Riigikantselei, lk 116
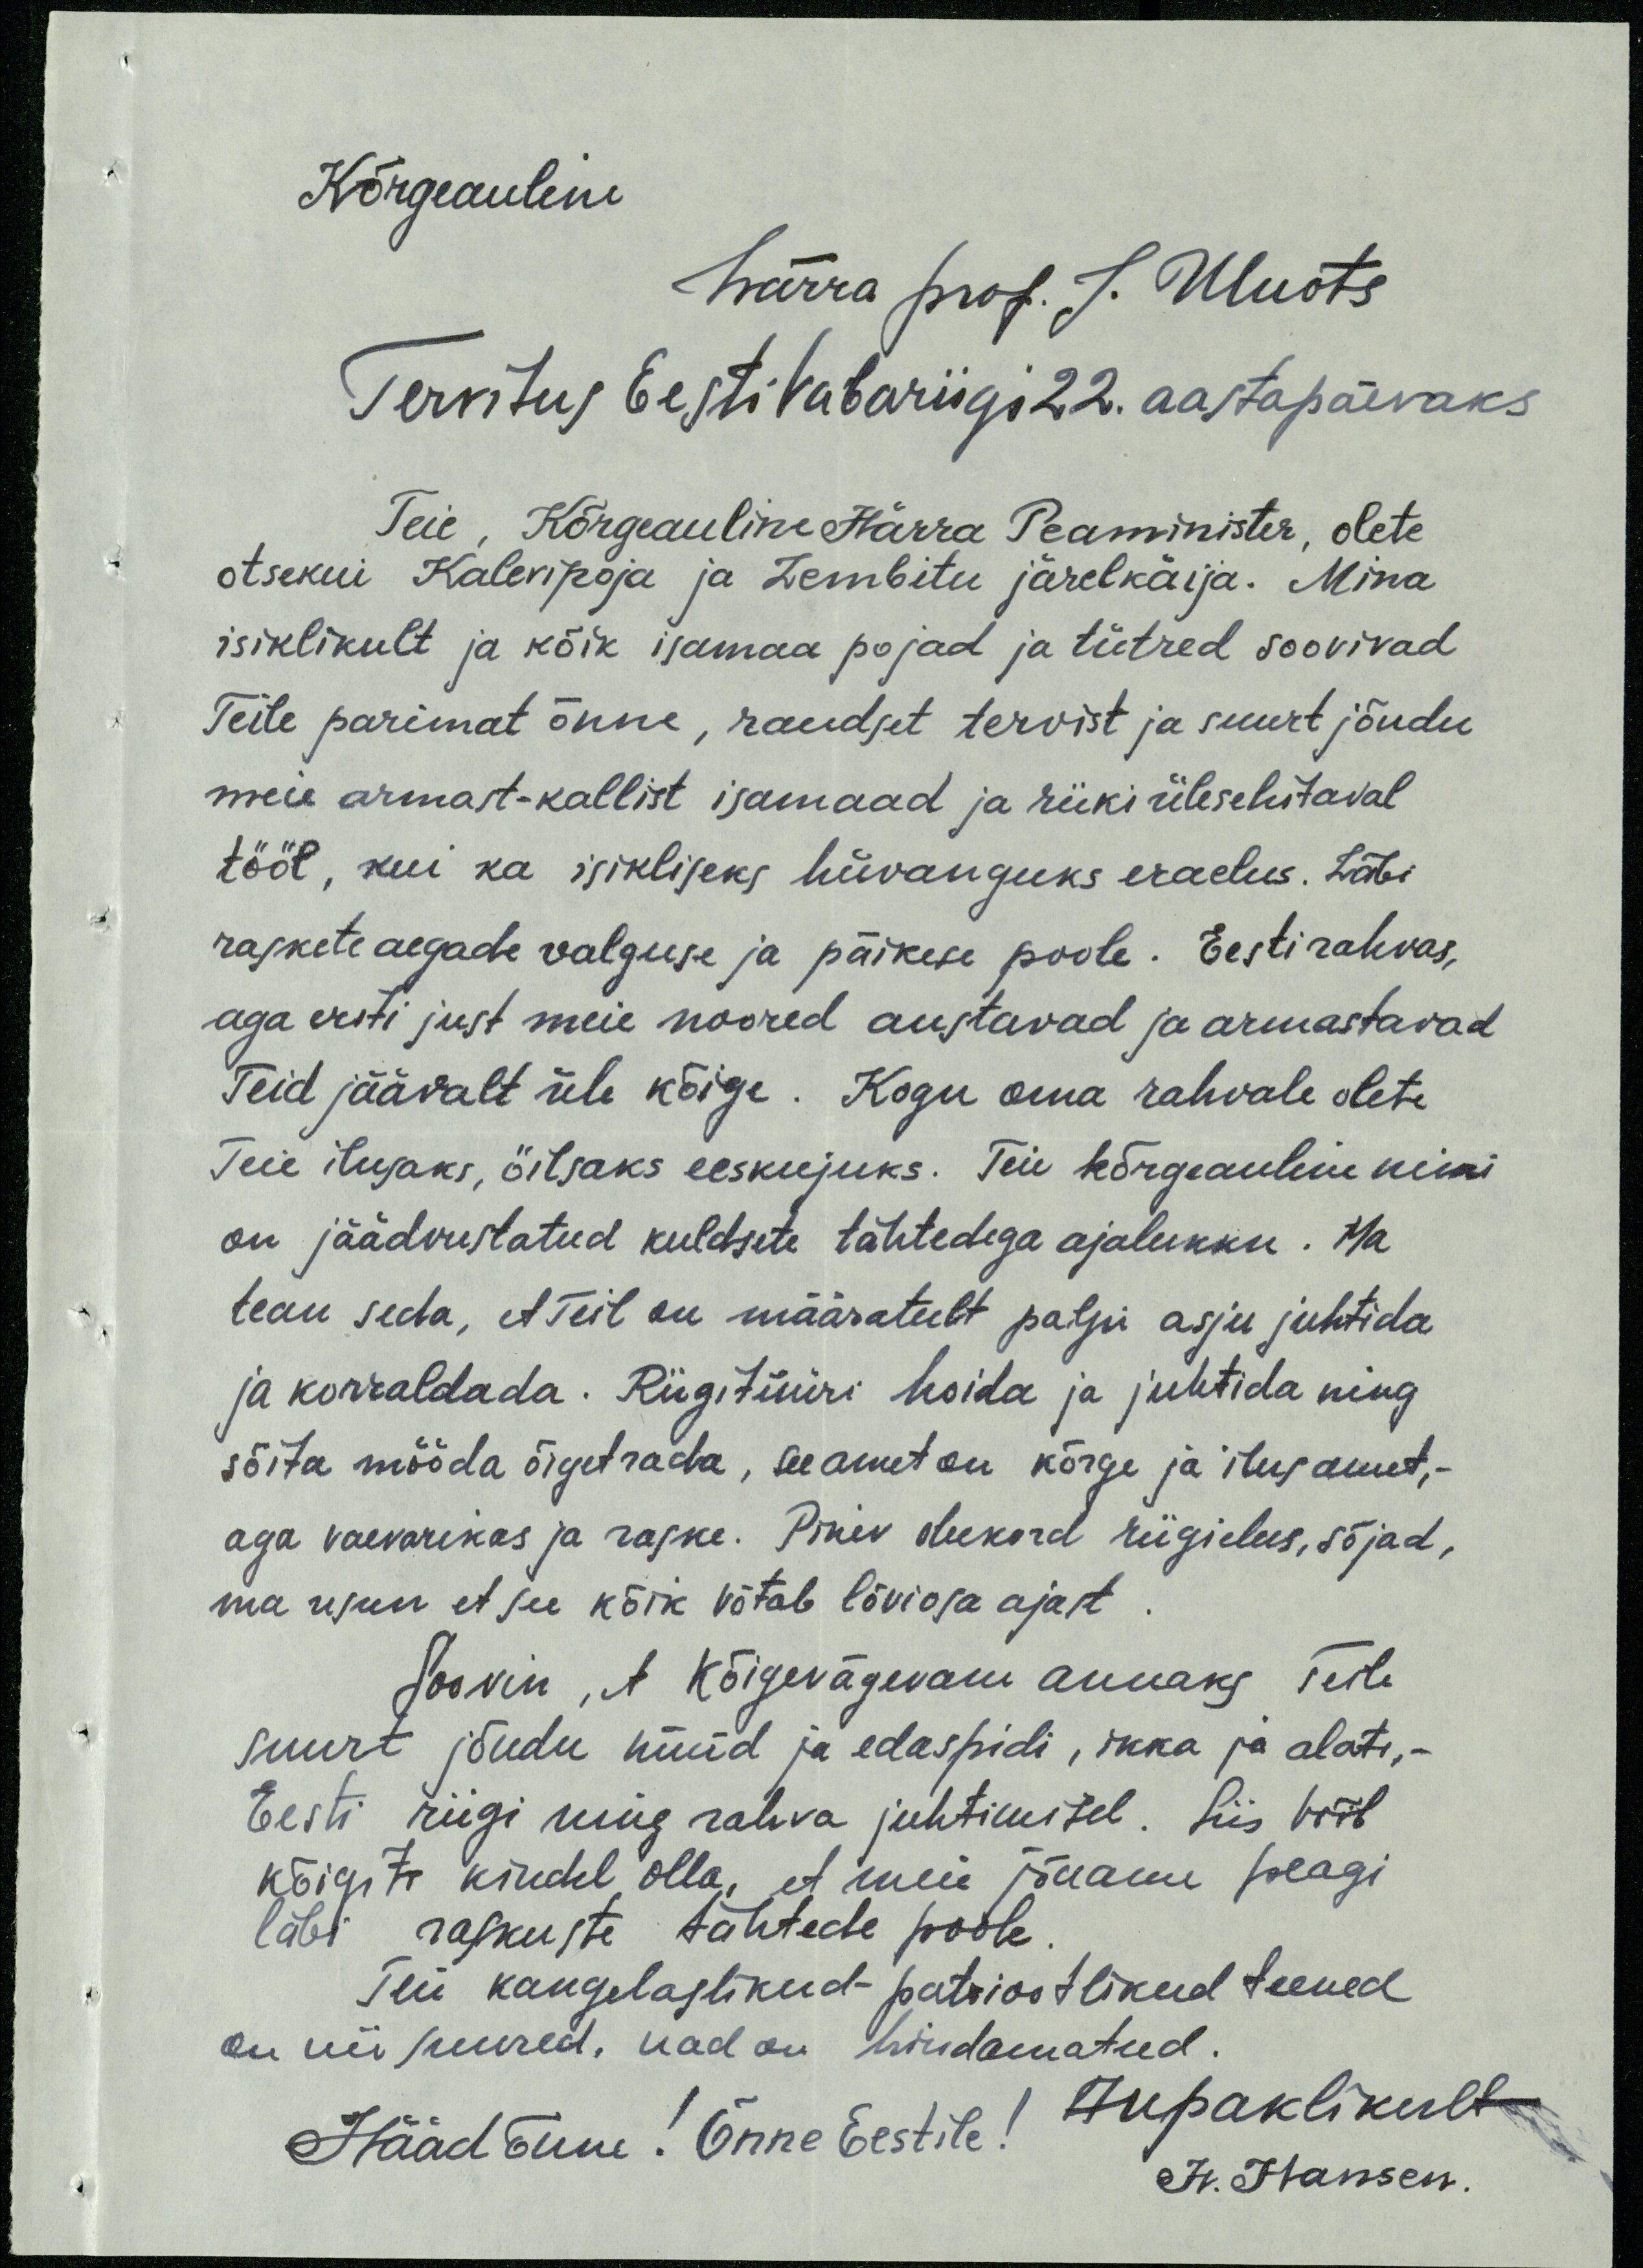
Kõrgeauline
Härra prof. J. Uluots
Tervitus Eesti vabariigi 22. aastapäevaks
Teie, Kõrgeauline Härra Peaminister, olete
otsekui Kalevipoja ja Lembitu järelkäija. Mina
isiklikult ja kõik isamaa pojad ja tütred soovivad
Teile parimat õnne, raudset tervist ja suurt jõudu
meie armast-kallist isamaad ja riiki ülesehitaval
tööl, kui ka isikliseks hüvanguks eraelus. Läbi
raskete aegade valguse ja päikese poole. Eesti rahvas,
aga eriti just meie noored austavad ja armastavad
Teid jäävalt üle kõige. Kogu oma rahvale olete
Teie ilusaks, õilsaks eeskujuks. Teie kõrgeauline nimi
on jäädvustatud kuldsete tähtedega ajalukku. Ma
tean seda, et Teil on määratult palju asju juhtida,
ja korraldada. Riigitüüri hoida ja juhtida ning
sõita mööda õiget rada, see amet on kõrge ja ilus amet,-
aga vaevarikas ja raske. Pinev olukord riigielus, sõjad,
ma usun, et see kõik võtab lõviosa ajast
soovin, et Kõigevägevam annaks Teile
suurt jõudu nüüd ja edaspidi, ikka ja alati,-
Eesti riigi ning rahva juhtimisel. Siis võib
kõigiti kindel olla, et meie jõuame peagi
läbi raskuste tähtede poole.
Teie kangelaslikud - patriootlikud teened
on nii suured. nad on hindamatud.
Hääd õnne! Õnne Eestile! Aupaklikult
H. Hansen.